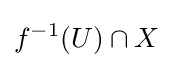
f^{-1}(U)\cap X